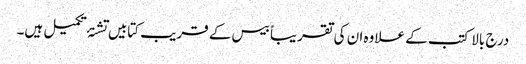
درج بالا کتب کے علاوہ ان کی تقریباً بیس کے قریب کتابیں تشنۂ تکمیل ہیں۔